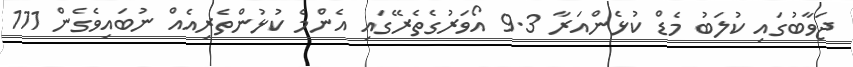
ޖަވާބުގައި ކުލަބު މެޑް ކުޅެންއަރާ 9.3 އޯވަރުގެތެރޭގައި އެންމެ ކުޅުންތެރިއެއް ނުބައިވެގެން 111